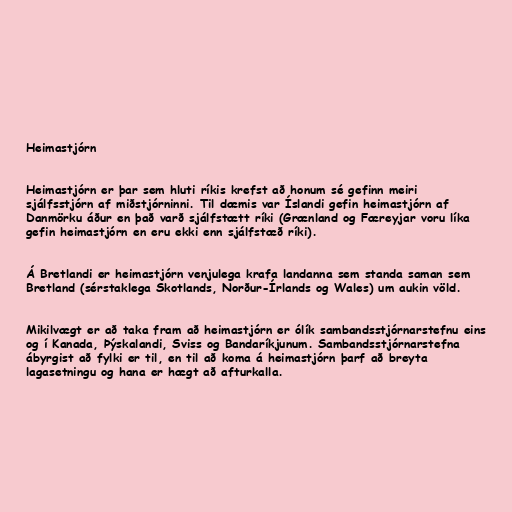
Heimastjórn

Heimastjórn er þar sem hluti ríkis krefst að honum sé gefinn meiri
sjálfsstjórn af miðstjórninni. Til dæmis var Íslandi gefin heimastjórn af
Danmörku áður en það varð sjálfstætt ríki (Grænland og Færeyjar voru líka
gefin heimastjórn en eru ekki enn sjálfstæð ríki).

Á Bretlandi er heimastjórn venjulega krafa landanna sem standa saman sem
Bretland (sérstaklega Skotlands, Norður-Írlands og Wales) um aukin völd.

Mikilvægt er að taka fram að heimastjórn er ólík sambandsstjórnarstefnu eins
og í Kanada, Þýskalandi, Sviss og Bandaríkjunum. Sambandsstjórnarstefna
ábyrgist að fylki er til, en til að koma á heimastjórn þarf að breyta
lagasetningu og hana er hægt að afturkalla.